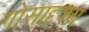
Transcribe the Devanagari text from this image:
गोसादृश्य